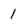
Character: 1